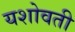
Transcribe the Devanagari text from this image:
यशोवती